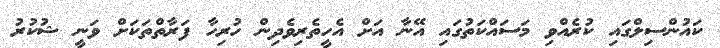
ކައުންސިލްގައި ކުރެއްވި މަސައްކަތުގައި އޭނާ އަށް އެހީތެރިވެދިން ހުރިހާ ފަރާތްތަކަށް ވަނީ ޝުކުރު